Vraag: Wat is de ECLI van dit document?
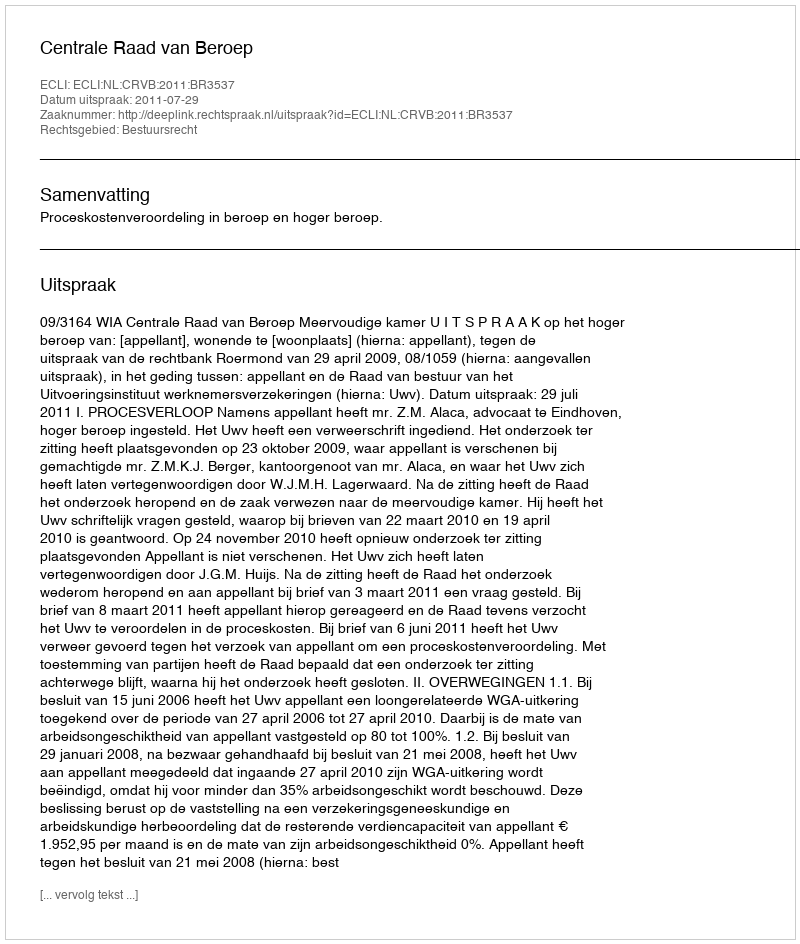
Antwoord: ECLI:NL:CRVB:2011:BR3537